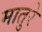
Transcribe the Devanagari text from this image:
मातुरे